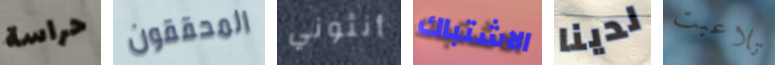
حراسة المحققون أنثوني الاشتباك لدينا تلاعبت